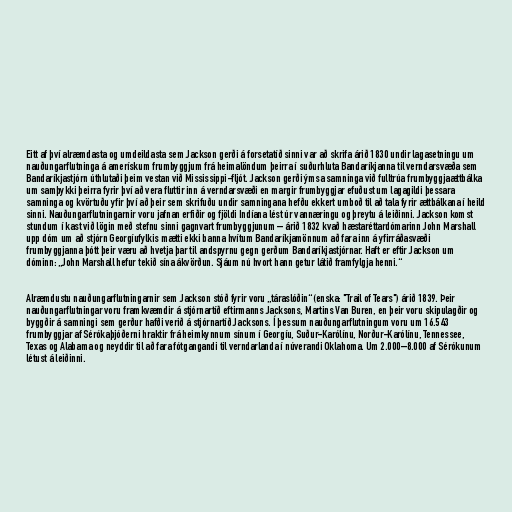
Eitt af því alræmdasta og umdeildasta sem Jackson gerði á forsetatíð sinni var að skrifa árið 1830 undir lagasetningu um
nauðungarflutninga á amerískum frumbyggjum frá heimalöndum þeirra í suðurhluta Bandaríkjanna til verndarsvæða sem
Bandaríkjastjórn úthlutaði þeim vestan við Mississippi-fljót. Jackson gerði ýmsa samninga við fulltrúa frumbyggjaættbálka
um samþykki þeirra fyrir því að vera fluttir inn á verndarsvæði en margir frumbyggjar efuðust um lagagildi þessara
samninga og kvörtuðu yfir því að þeir sem skrifuðu undir samningana hefðu ekkert umboð til að tala fyrir ættbálkana í heild
sinni. Nauðungarflutningarnir voru jafnan erfiðir og fjöldi Indíana lést úr vannæringu og þreytu á leiðinni. Jackson komst
stundum í kast við lögin með stefnu sinni gagnvart frumbyggjunum – árið 1832 kvað hæstaréttardómarinn John Marshall
upp dóm um að stjórn Georgíufylkis mætti ekki banna hvítum Bandaríkjamönnum að fara inn á yfirráðasvæði
frumbyggjanna þótt þeir væru að hvetja þar til andspyrnu gegn gerðum Bandaríkjastjórnar. Haft er eftir Jackson um
dóminn: „John Marshall hefur tekið sína ákvörðun. Sjáum nú hvort hann getur látið framfylgja henni.“

Alræmdustu nauðungarflutningarnir sem Jackson stóð fyrir voru „táraslóðin“ (enska: "Trail of Tears") árið 1839. Þeir
nauðungarflutningar voru framkvæmdir á stjórnartíð eftirmanns Jacksons, Martins Van Buren, en þeir voru skipulagðir og
byggðir á samningi sem gerður hafði verið á stjórnartíð Jacksons. Í þessum nauðungarflutningum voru um 16.543
frumbyggjar af Sérókaþjóðerni hraktir frá heimkynnum sínum í Georgíu, Suður-Karólínu, Norður-Karólínu, Tennessee,
Texas og Alabama og neyddir til að fara fótgangandi til verndarlanda í núverandi Oklahoma. Um 2.000–8.000 af Sérókunum
létust á leiðinni.